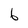
Character: 6